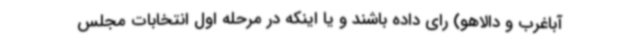
آباغرب و دالاهو) رای داده باشند و یا اینکه در مرحله اول انتخابات مجلس